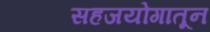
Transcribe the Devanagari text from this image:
सहजयोगातून